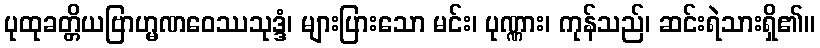
ပုထုခတ္တိယဗြာဟ္မဏဝေဿသုဒ္ဒံ၊ များပြားသော မင်း၊ ပုဏ္ဏား၊ ကုန်သည်၊ ဆင်းရဲသားရှိ၏။